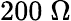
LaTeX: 200\; \Omega